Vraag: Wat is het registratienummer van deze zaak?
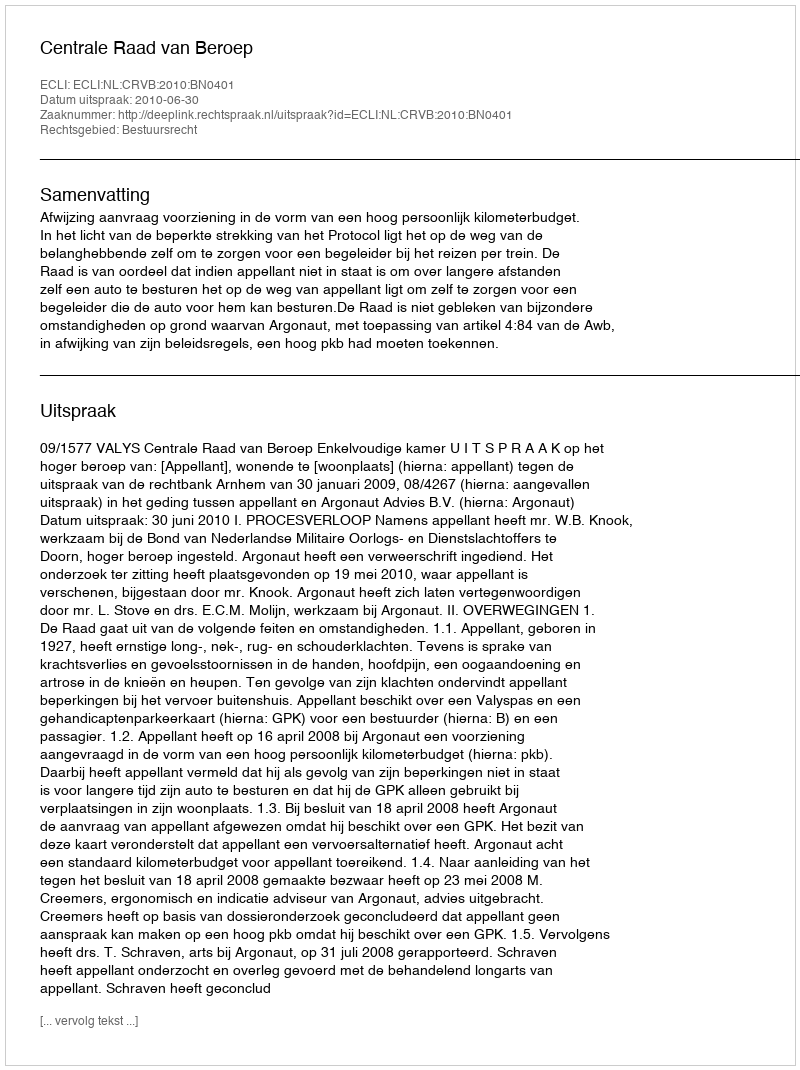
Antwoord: http://deeplink.rechtspraak.nl/uitspraak?id=ECLI:NL:CRVB:2010:BN0401